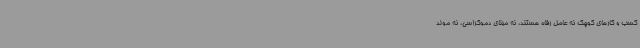
کسب و کارهای کوچک نه عامل رفاه هستند، نه مبنای دموکراسی، نه مولد